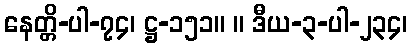
နေတ္တိ-ပါ-၇၄၊ ဋ္ဌ-၁၅၁။ ။ ဒီယ-၃-ပါ-၂၃၄၊